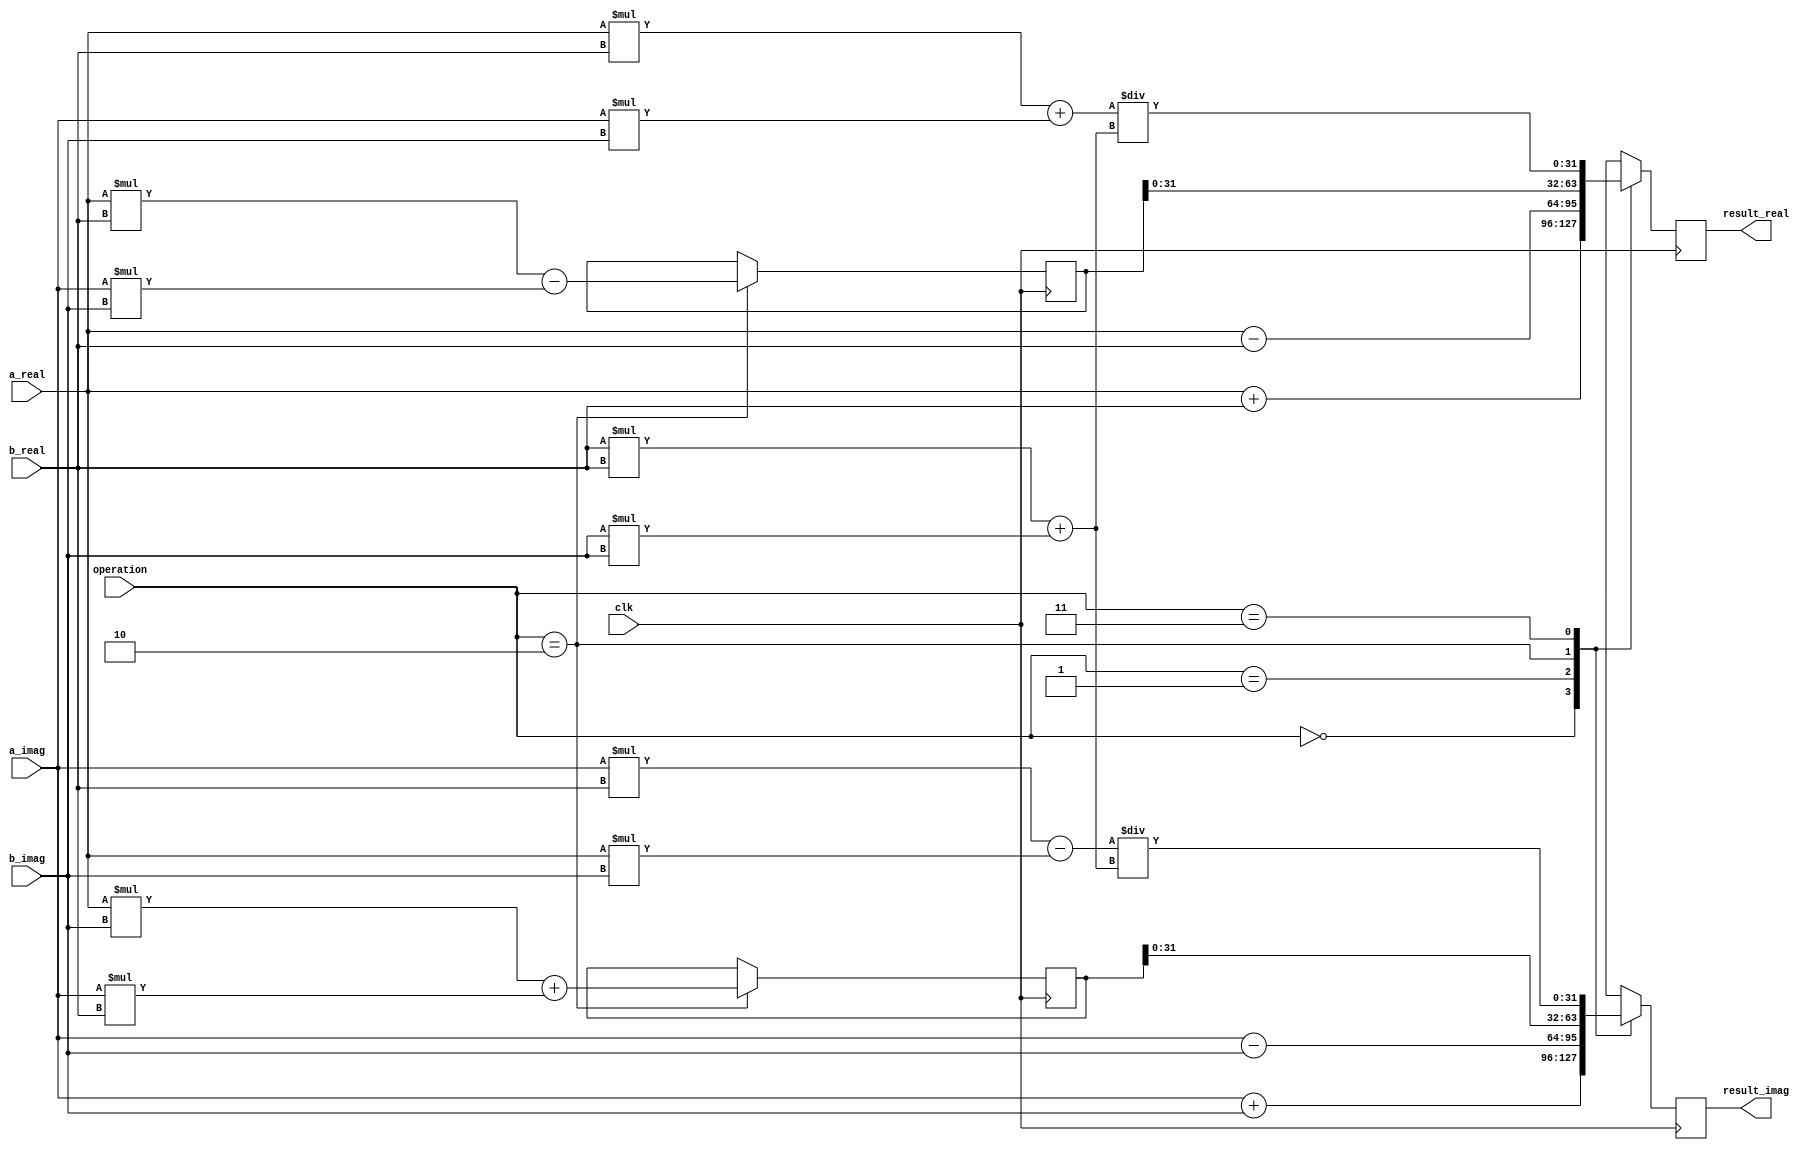
module Complex_ALU (
    input wire [31:0] a_real,
    input wire [31:0] a_imag,
    input wire [31:0] b_real,
    input wire [31:0] b_imag,
    input wire [1:0] operation,
    input wire clk,
    output reg [31:0] result_real,
    output reg [31:0] result_imag
);

reg [63:0] product_real;
reg [63:0] product_imag;

always @(posedge clk) begin
    case(operation)
        2'b00: begin // Addition
            result_real <= a_real + b_real;
            result_imag <= a_imag + b_imag;
        end
        2'b01: begin // Subtraction
            result_real <= a_real - b_real;
            result_imag <= a_imag - b_imag;
        end
        2'b10: begin // Multiplication
            product_real <= (a_real * b_real) - (a_imag * b_imag);
            product_imag <= (a_real * b_imag) + (a_imag * b_real);
            result_real <= product_real[31:0];
            result_imag <= product_imag[31:0];
        end
        2'b11: begin // Division
            result_real <= ((a_real * b_real) + (a_imag * b_imag)) / ((b_real * b_real) + (b_imag * b_imag));
            result_imag <= ((a_imag * b_real) - (a_real * b_imag)) / ((b_real * b_real) + (b_imag * b_imag));
        end
        default: begin
            result_real <= 32'b0;
            result_imag <= 32'b0;
        end
    endcase
end

endmodule